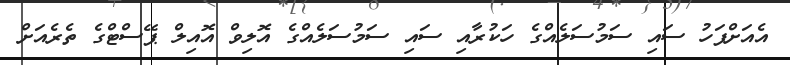
އެއަށްފަހު ސައި ސަމުސަލެއްގެ ހަކުރާއި ސައި ސަމުސަލެއްގެ އޮލިވް އޮއިލް ޕޭސްޓްގެ ތެރެއަށް